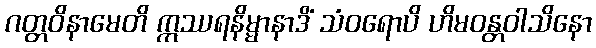
ဂတ္တဝိနာမေတိ ဣဿရနိမ္မာနာဒိံ သံဝရောပိ ဟိမဝန္တဝါသိနော